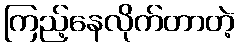
ကြည့်နေလိုက်တာတဲ့